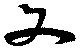
文